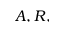
A , R ,